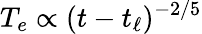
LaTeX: T_{e}\propto(t-t_{\ell})^{-2/5}